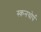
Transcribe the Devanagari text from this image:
स्कनथोर्प